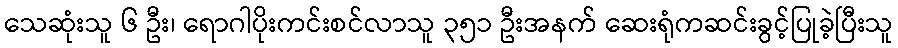
သေဆုံးသူ ၆ ဦး၊ ရောဂါပိုးကင်းစင်လာသူ ၃၅၁ ဦးအနက် ဆေးရုံကဆင်းခွင့်ပြုခဲ့ပြီးသူ